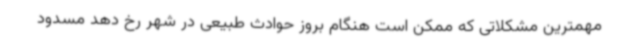
مهمترین مشکلاتی که ممکن است هنگام بروز حوادث طبیعی در شهر رخ دهد مسدود